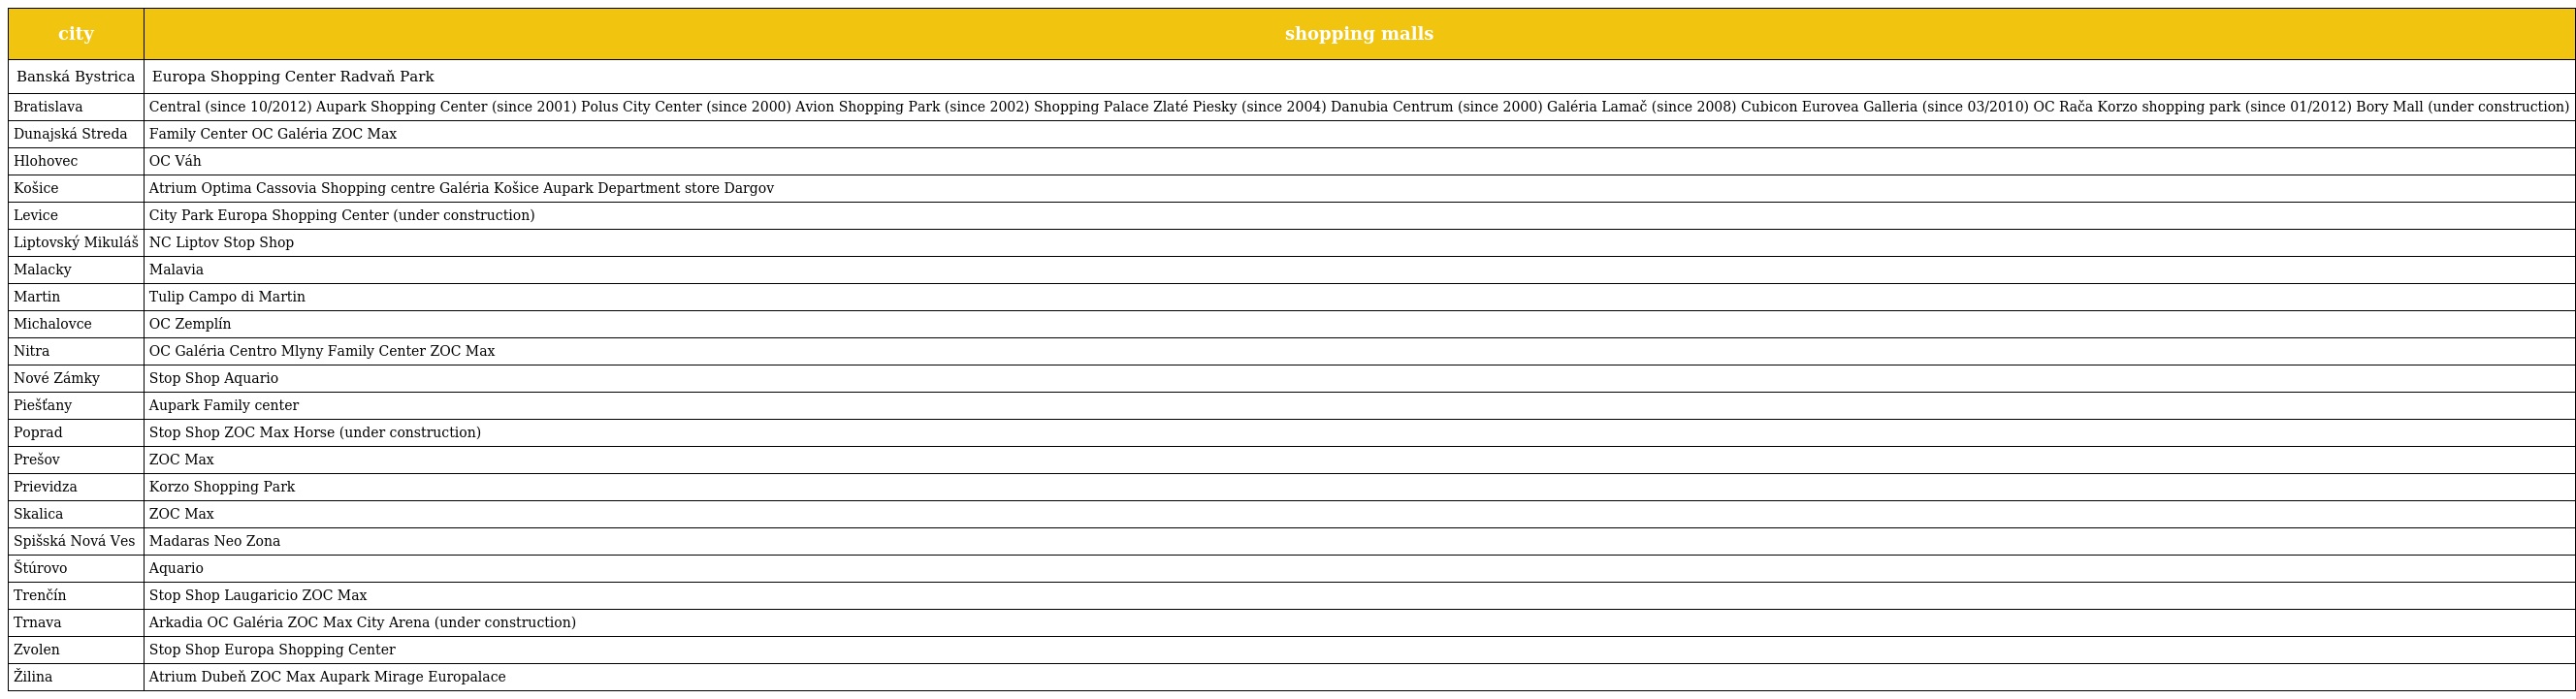
| city | shopping malls |
 | --- | --- |
 | Banská Bystrica | Europa Shopping Center Radvaň Park |
 | Bratislava | Central (since 10/2012) Aupark Shopping Center (since 2001) Polus City Center (since 2000) Avion Shopping Park (since 2002) Shopping Palace Zlaté Piesky (since 2004) Danubia Centrum (since 2000) Galéria Lamač (since 2008) Cubicon Eurovea Galleria (since 03/2010) OC Rača Korzo shopping park (since 01/2012) Bory Mall (under construction) |
 | Dunajská Streda | Family Center OC Galéria ZOC Max |
 | Hlohovec | OC Váh |
 | Košice | Atrium Optima Cassovia Shopping centre Galéria Košice Aupark Department store Dargov |
 | Levice | City Park Europa Shopping Center (under construction) |
 | Liptovský Mikuláš | NC Liptov Stop Shop |
 | Malacky | Malavia |
 | Martin | Tulip Campo di Martin |
 | Michalovce | OC Zemplín |
 | Nitra | OC Galéria Centro Mlyny Family Center ZOC Max |
 | Nové Zámky | Stop Shop Aquario |
 | Piešťany | Aupark Family center |
 | Poprad | Stop Shop ZOC Max Horse (under construction) |
 | Prešov | ZOC Max |
 | Prievidza | Korzo Shopping Park |
 | Skalica | ZOC Max |
 | Spišská Nová Ves | Madaras Neo Zona |
 | Štúrovo | Aquario |
 | Trenčín | Stop Shop Laugaricio ZOC Max |
 | Trnava | Arkadia OC Galéria ZOC Max City Arena (under construction) |
 | Zvolen | Stop Shop Europa Shopping Center |
 | Žilina | Atrium Dubeň ZOC Max Aupark Mirage Europalace |